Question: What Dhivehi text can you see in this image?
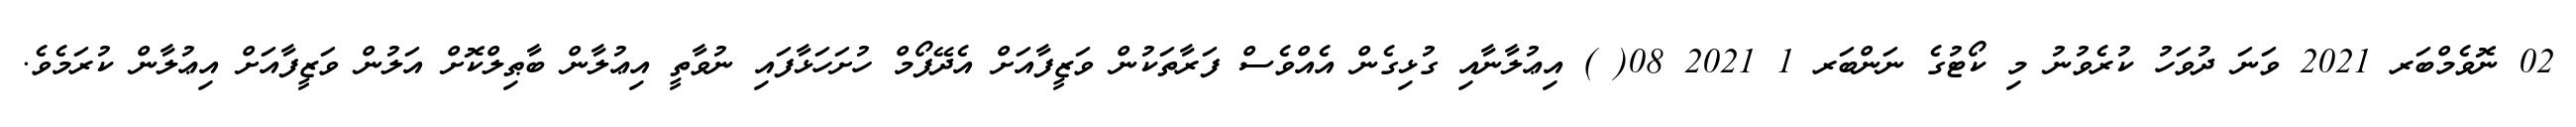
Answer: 02 ނޮވެމްބަރ 2021 ވަނަ ދުވަހު ކުރެވުނު މި ކޯޓުގެ ނަންބަރ 1 2021 08( ) އިޢުލާނާއި ގުޅިގެން އެއްވެސް ފަރާތަކުން ވަޒީފާއަށް އެދޭފޯމް ހުށަހަޅާފައި ނުވާތީ އިޢުލާން ބާޠިލްކޮށް އަލުން ވަޒީފާއަށް އިޢުލާން ކުރަމެވެ.